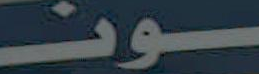
ـــــون